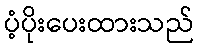
ပံ့ပိုးပေးထားသည်